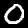
Digit: 0